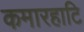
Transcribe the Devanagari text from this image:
कमारहाटि